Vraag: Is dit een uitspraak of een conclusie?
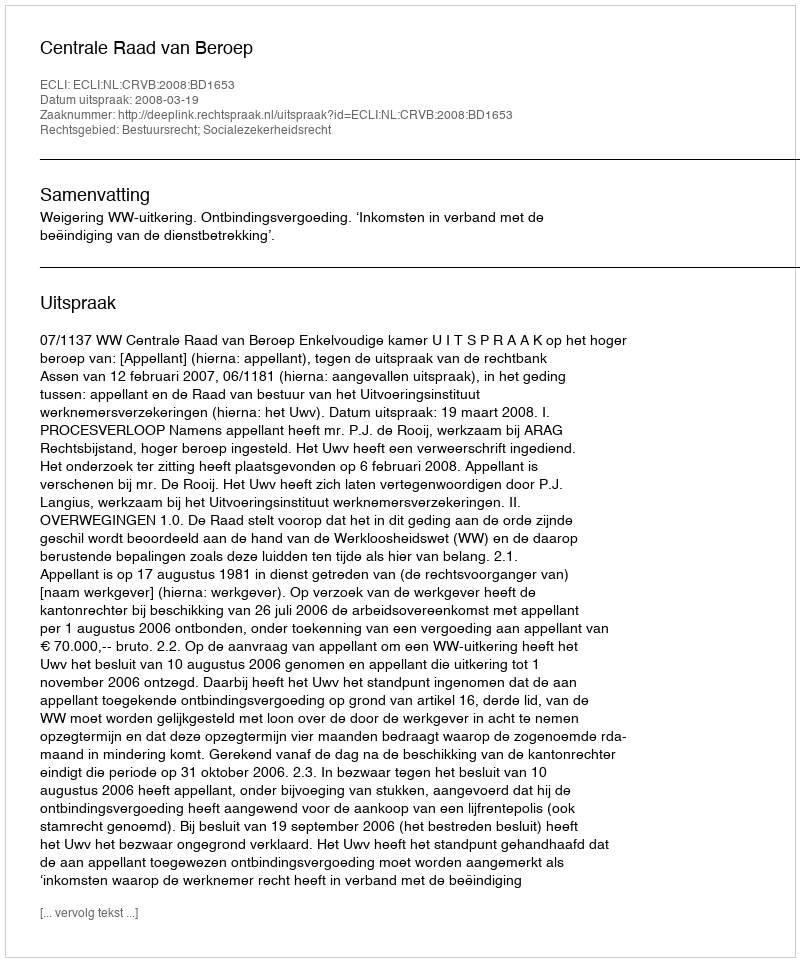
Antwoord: Uitspraak